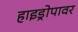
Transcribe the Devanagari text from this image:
हाइड्रोपावर